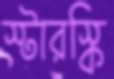
স্টারস্কি